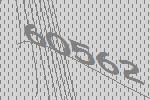
60562